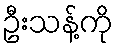
ဦးသန့်ကို